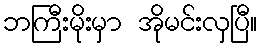
ဘကြီးမိုးမှာ အိုမင်းလှပြီ။